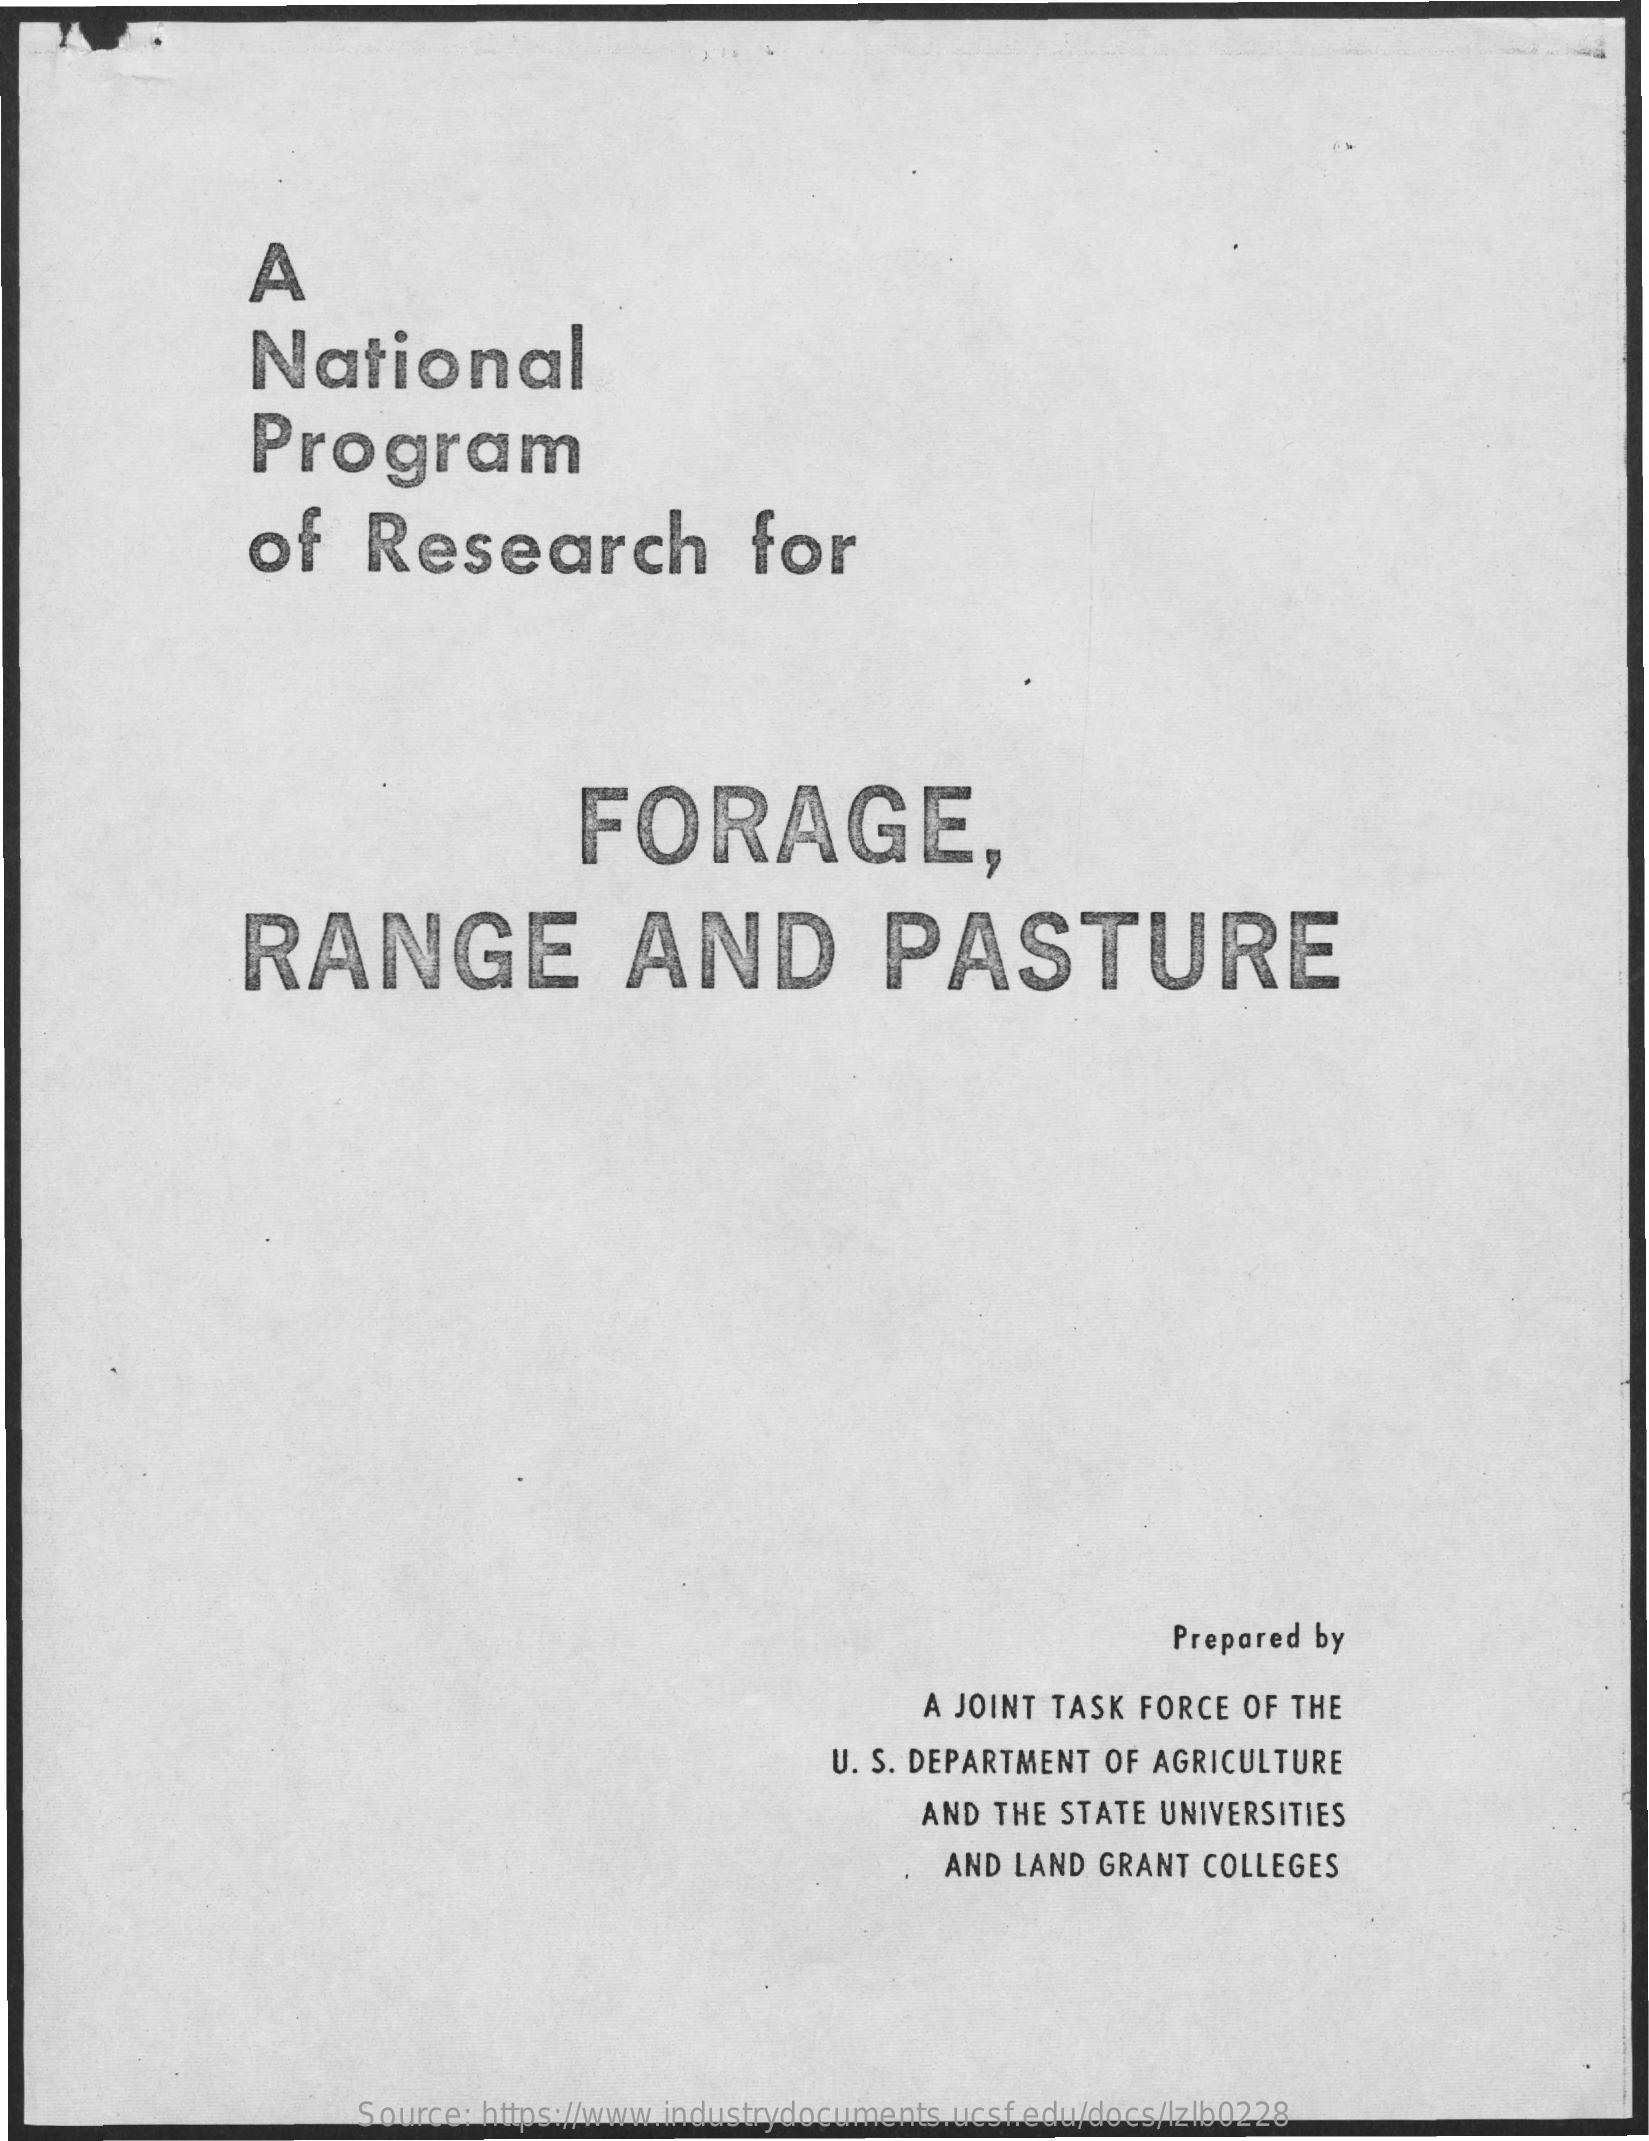
A
     National
     Program
     of    Research    for
     FORAGE,
     RANGE    AND    PASTURE
     Prepared by
     A JOINT TASK FORCE  OF THE
     U. S. DEPARTMENT OF AGRICULTURE
     AND THE STATE UNIVERSITIES
     AND LAND  GRANT COLLEGES
     Source: https://www.industrydocuments.ucsf.edu/docs/lzlb0228